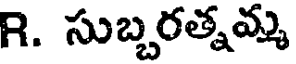
R. సుబ్బరత్నమ్మ